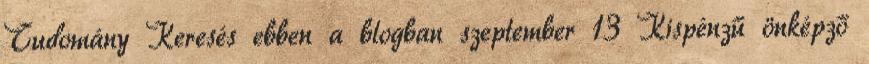
Tudomány Keresés ebben a blogban szeptember 13 Kispénzű önképző